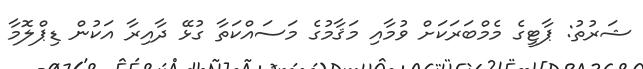
ޝަރުތު: ޕާޓީގެ މެމްބަރަކަށް ވުމާއި މަޤާމުގެ މަސައްކަތާ ގުޅޭ ދާއިރާ އަކުން ޑިޕްލޮމާ